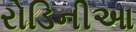
રોડિનીઆ